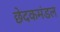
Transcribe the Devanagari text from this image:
छेदकमंडल